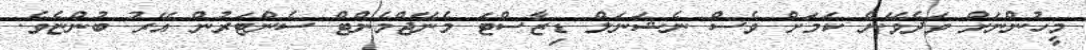
މީހުންނަށް ވަދެވޭނެ ކަމަށް ވެސް ނެޝަނަލް ޑިޒާސްޓަ މެނޭޖްމެންޓް ސެންޓަރުން އޭރު ބުންޏެވެ.